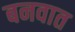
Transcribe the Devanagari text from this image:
बनवात